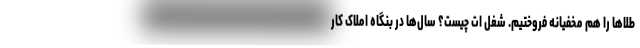
طلاها را هم مخفیانه فروختیم. شغل ات چیست؟ سال‌ها در بنگاه املاک کار